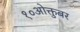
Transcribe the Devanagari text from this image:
१०ओक्तुबर